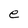
Character: e